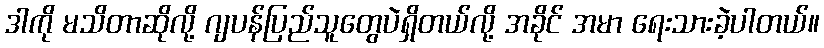
ဒါကို မသိတာဆိုလို့ ဂျပန်ပြည်သူတွေပဲရှိတယ်လို့ အခိုင် အမာ ရေးသားခဲ့ပါတယ်။